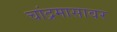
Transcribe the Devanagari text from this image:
चांद्रमासावर